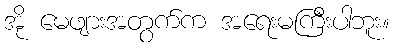
အို မေဖျားအတွက်က အရေးမကြီးပါဘူး။